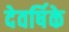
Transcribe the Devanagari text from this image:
देवर्षिके